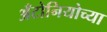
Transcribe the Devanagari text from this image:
अँटोनियोच्या